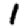
Digit: 1